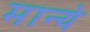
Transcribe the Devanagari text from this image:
मान्ये